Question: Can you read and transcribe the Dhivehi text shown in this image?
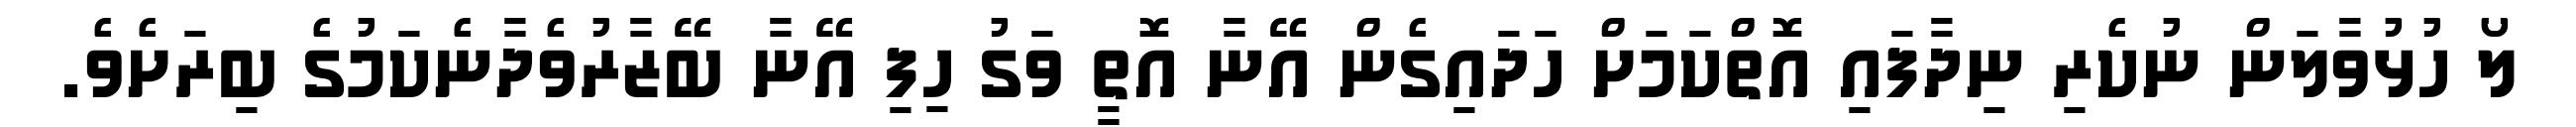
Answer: ލޯ ހުޅުވާލަން ނުކެރި ނިދާފައި އޮތްކަމަށް ހަދައިގެން އޭނާ އޮތީ ވަގު ހިފި އޭނާ ބޭޒާރުވެދާނެކަމުގެ ބިރަށެވެ.